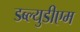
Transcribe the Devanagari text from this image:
डब्ल्युडीएम